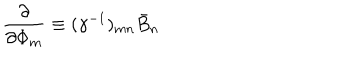
\frac { \partial } { \partial \Phi _ { m } } \equiv ( \gamma ^ { - 1 } ) _ { m n } \bar { B } _ { n }